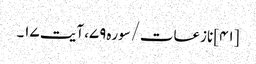
[۴۱] نازعات/سوره۷۹، آیت ۱۷۔